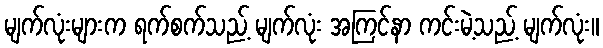
မျက်လုံးများက ရက်စက်သည့် မျက်လုံး အကြင်နာ ကင်းမဲ့သည့် မျက်လုံး။